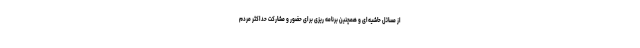
از مسائل حاشیه‌ای و همچنین برنامه ریزی برای حضور و مشارکت حداکثر مردم